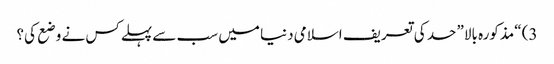
3) “مذکورہ بالا” حد کی تعریف اسلامی دنیا میں سب سے پہلےکس نے وضع کی؟